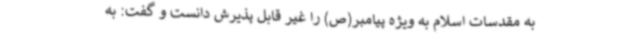
به مقدسات اسلام به ویژه پیامبر(ص) را غیر قابل پذیرش دانست و گفت: به